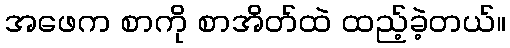
အဖေက စာကို စာအိတ်ထဲ ထည့်ခဲ့တယ်။